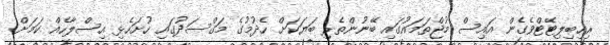
ރިހިބިލިޓޭޓްވެގެން އައިސް މުޖްތަމައުގައި ބޭނުންތެރި ބަޔަކަށް ހެދުމުގެ މަގްސަދުގައި ހުށަހެޅި އިސްލާހެއް ކަމަށް